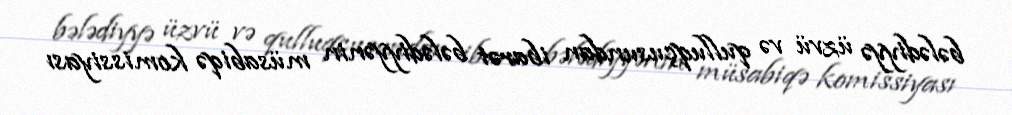
bələdiyyə üzvü və qulluqçusundan ibarət bələdiyyənin müsabiqə komissiyası